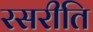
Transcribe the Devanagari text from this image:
रसरीति